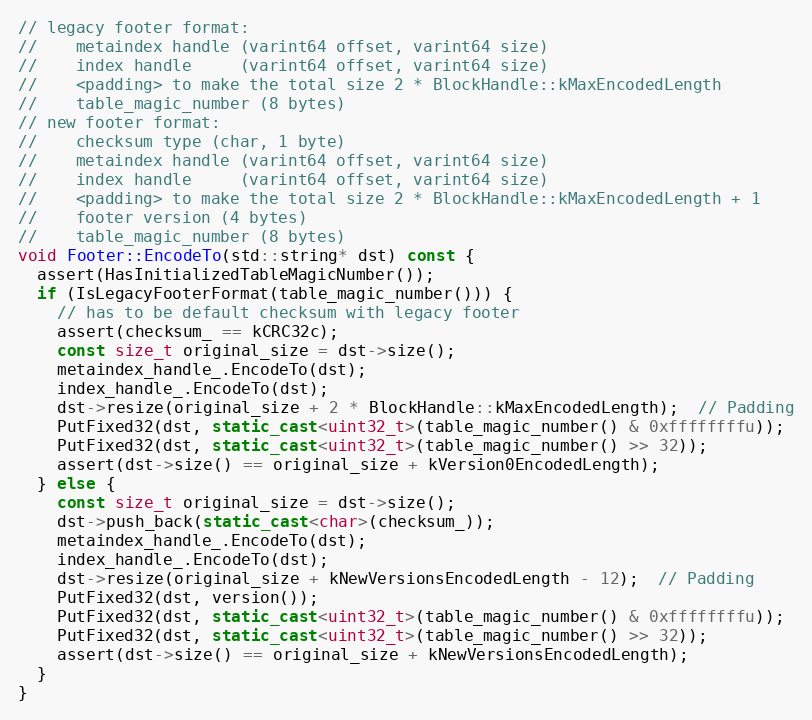
Language: C++
// legacy footer format:
//    metaindex handle (varint64 offset, varint64 size)
//    index handle     (varint64 offset, varint64 size)
//    <padding> to make the total size 2 * BlockHandle::kMaxEncodedLength
//    table_magic_number (8 bytes)
// new footer format:
//    checksum type (char, 1 byte)
//    metaindex handle (varint64 offset, varint64 size)
//    index handle     (varint64 offset, varint64 size)
//    <padding> to make the total size 2 * BlockHandle::kMaxEncodedLength + 1
//    footer version (4 bytes)
//    table_magic_number (8 bytes)
void Footer::EncodeTo(std::string* dst) const {
  assert(HasInitializedTableMagicNumber());
  if (IsLegacyFooterFormat(table_magic_number())) {
    // has to be default checksum with legacy footer
    assert(checksum_ == kCRC32c);
    const size_t original_size = dst->size();
    metaindex_handle_.EncodeTo(dst);
    index_handle_.EncodeTo(dst);
    dst->resize(original_size + 2 * BlockHandle::kMaxEncodedLength);  // Padding
    PutFixed32(dst, static_cast<uint32_t>(table_magic_number() & 0xffffffffu));
    PutFixed32(dst, static_cast<uint32_t>(table_magic_number() >> 32));
    assert(dst->size() == original_size + kVersion0EncodedLength);
  } else {
    const size_t original_size = dst->size();
    dst->push_back(static_cast<char>(checksum_));
    metaindex_handle_.EncodeTo(dst);
    index_handle_.EncodeTo(dst);
    dst->resize(original_size + kNewVersionsEncodedLength - 12);  // Padding
    PutFixed32(dst, version());
    PutFixed32(dst, static_cast<uint32_t>(table_magic_number() & 0xffffffffu));
    PutFixed32(dst, static_cast<uint32_t>(table_magic_number() >> 32));
    assert(dst->size() == original_size + kNewVersionsEncodedLength);
  }
}